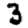
Digit: 3